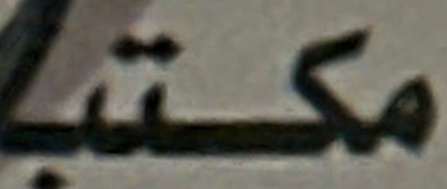
مكتب